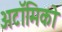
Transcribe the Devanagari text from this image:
अटॉमिको